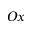
O x